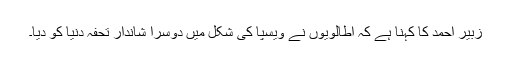
زبیر احمد کا کہنا ہے کہ اطالویوں نے ویسپا کی شکل میں دوسرا شاندار تحفہ دنیا کو دیا۔